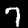
Label: 7